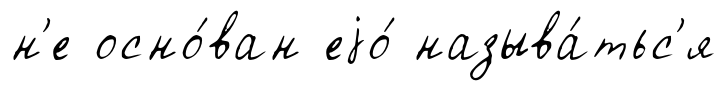
н'е осно́ван еjо́ называ́тьс'я